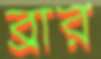
ব্রার